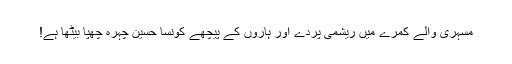
مسہری والے کمرے میں ریشمی پردے اور ہاروں کے پیچھے کونسا حسین چہرہ چھپا بیٹھا ہے!